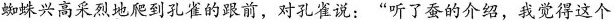
蜘蛛兴高采烈地爬到孔雀的跟前，对孔雀说：”听了蚕的介绍，我觉得这个